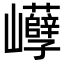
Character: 𡿒